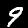
Label: 9